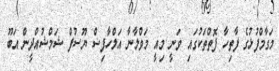
މަގާމްފުޅުގެ ފާތިހާ ފޮތްތަކުގައި ވަނީ މިއީ މަވްލާނާ އަލްހާފިޟް ޔޫސުފް ޝަމްޝުއްދީން އަބޫ